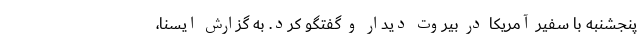
پنجشنبه با سفیر آمریکا در بیروت دیدار و گفتگو کرد. به گزارش ایسنا،